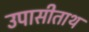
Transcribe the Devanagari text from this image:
उपासीताथ